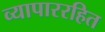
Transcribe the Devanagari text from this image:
व्यापाररहित